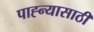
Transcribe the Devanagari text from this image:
पाह्न्यासाठी